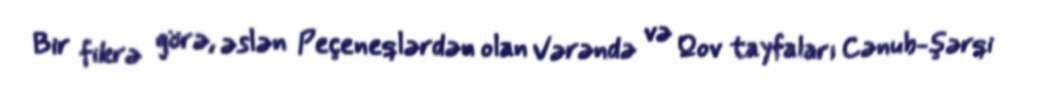
Bir fikrə görə, əslən Peçeneqlərdən olan Vərəndə və Qov tayfaları Cənub-şərqi